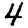
Digit: 4